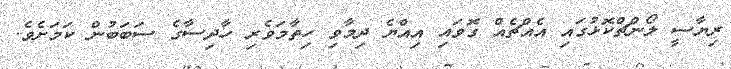
ރިޔާސީ ލޯންޗްކޮޅުގައި އެއްޗެއް ގޮވައި އިއްޔެ ދިމާވި ހިތާމަވެރި ހާދިސާގެ ސަބަބުން ކަމަށެވެ.